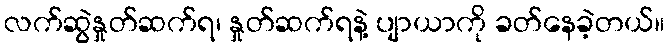
လက်ဆွဲနှုတ်ဆက်ရ၊ နှုတ်ဆက်ရနဲ့ ပျာယာကို ခတ်နေခဲ့တယ်။